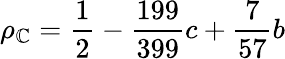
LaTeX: \rho_{\mathbb{C}}=\frac{{1}}{{2}}-\frac{{199}}{{399}}c+\frac{{7}}{{57}}b